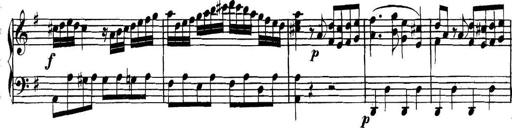
Title: Collected Piano Sonatas
Composer: Muzio Clementi